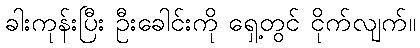
ခါးကုန်းပြီး ဦးခေါင်းကို ရှေ့တွင် ငိုက်လျက်။